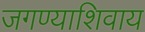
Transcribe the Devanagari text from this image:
जगण्याशिवाय